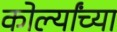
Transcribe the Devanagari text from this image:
कोर्ल्यांच्या